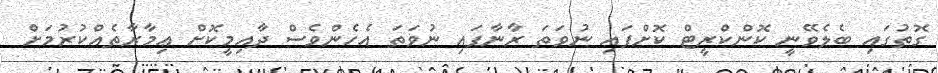
ގޮތުގައި ބެލެވޭނީ ކޮންކްރީޓް ކޮށްފައި ނުވަތަ ރާނާފައި ނުވަތަ އެހެންވެސް ދާއިމީކޮށް ޢިމާރާތެއްކުރުމަށް